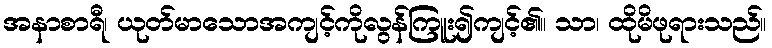
အနာစာရီ၊ ယုတ်မာသောအကျင့်ကိုလွန်ကြူး၍ကျင့်၏။ သာ၊ ထိုမိဖုရားသည်။